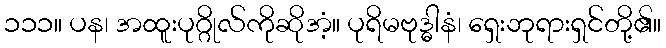
၁၁၁။ ပန၊ အထူးပုဂ္ဂိုလ်ကိုဆိုအံ့။ ပုရိမဗုဒ္ဓါနံ၊ ရှေးဘုရားရှင်တို့၏။